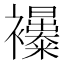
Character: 𧟊